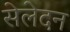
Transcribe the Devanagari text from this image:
सेलेदन